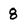
Character: 8